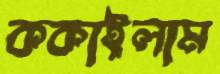
ককাইলাম